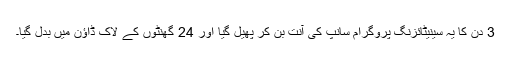
3 دن کا یہ سینیٹائزنگ پروگرام سانپ کی آنت بن کر پھیل گیا اور 24 گھنٹوں کے لاک ڈاؤن میں بدل گیا۔